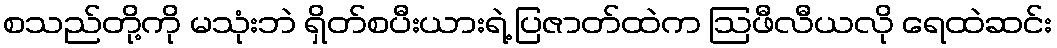
စသည်တို့ကို မသုံးဘဲ ရှိတ်စပီးယားရဲ့ ပြဇာတ်ထဲက ဩဖီလီယလို ရေထဲဆင်း